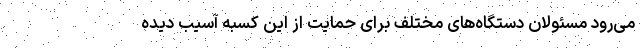
می‌رود مسئولان دستگاه‌های مختلف برای حمایت از این کسبه آسیب دیده